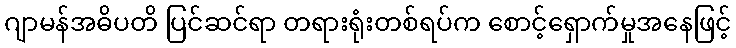
ဂျာမန်အဓိပတိ ပြင်ဆင်ရာ တရားရုံးတစ်ရပ်က စောင့်ရှောက်မှုအနေဖြင့်